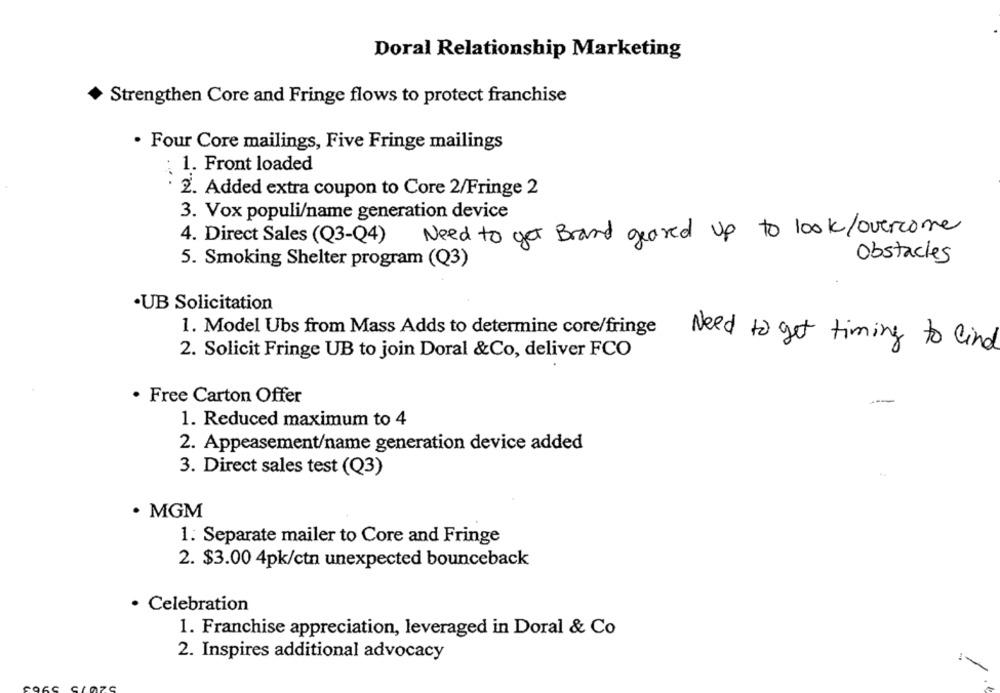
Doral Relationship Marketing
Strengthen Core and Fringe flows to protect franchise
· Four Core mailings, Five Fringe mailings
: 1. Front loaded
· 2. Added extra coupon to Core 2/Fringe 2
3. Vox populi/name generation device
4. Direct Sales (Q3-Q4) Need to get Brand geared up to look/overcome
5. Smoking Shelter program (Q3)
Obstacles
·UB Solicitation
1. Model Ubs from Mass Adds to determine core/fringe Need to get timing to find
2. Solicit Fringe UB to join Doral &Co, deliver FCO
· Free Carton Offer
1. Reduced maximum to 4
2. Appeasement/name generation device added
3. Direct sales test (Q3)
· MGM
1. Separate mailer to Core and Fringe
2. $3.00 4pk/ctn unexpected bounceback
· Celebration
1. Franchise appreciation, leveraged in Doral & Co
2. Inspires additional advocacy